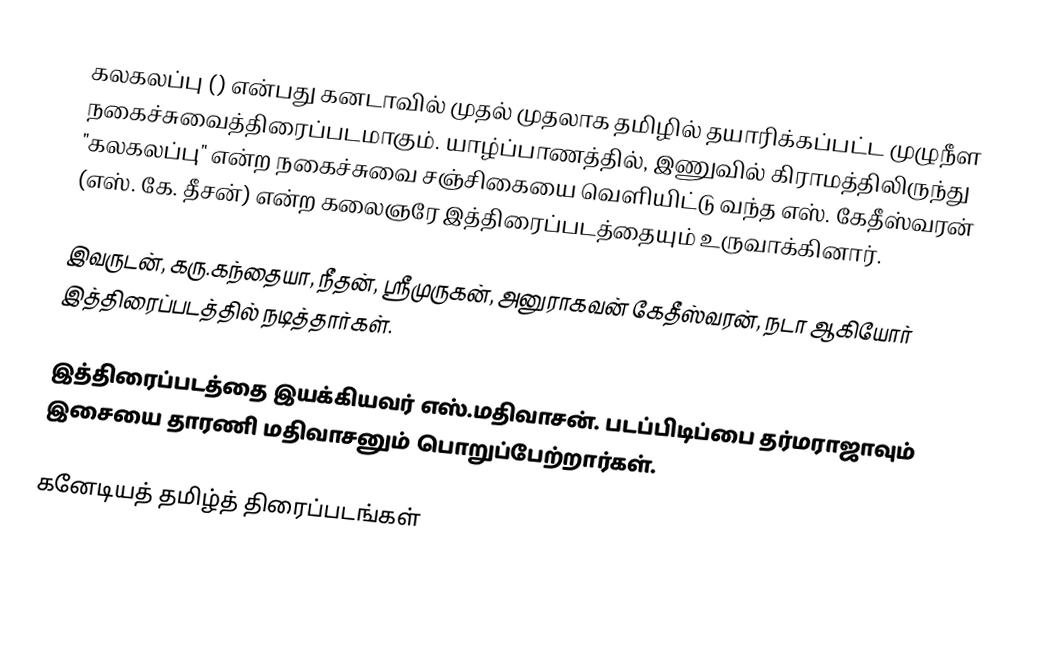
கலகலப்பு () என்பது கனடாவில் முதல் முதலாக தமிழில் தயாரிக்கப்பட்ட முழுநீள நகைச்சுவைத்திரைப்படமாகும். யாழ்ப்பாணத்தில், இணுவில் கிராமத்திலிருந்து "கலகலப்பு" என்ற நகைச்சுவை சஞ்சிகையை வெளியிட்டு வந்த எஸ். கேதீஸ்வரன் (எஸ். கே. தீசன்) என்ற கலைஞரே இத்திரைப்படத்தையும் உருவாக்கினார்.

இவருடன், கரு.கந்தையா, நீதன், ஸ்ரீமுருகன், அனுராகவன் கேதீஸ்வரன், நடா ஆகியோர் இத்திரைப்படத்தில் நடித்தார்கள்.

இத்திரைப்படத்தை இயக்கியவர் எஸ்.மதிவாசன். படப்பிடிப்பை தர்மராஜாவும் இசையை தாரணி மதிவாசனும் பொறுப்பேற்றார்கள்.

கனேடியத் தமிழ்த் திரைப்படங்கள்